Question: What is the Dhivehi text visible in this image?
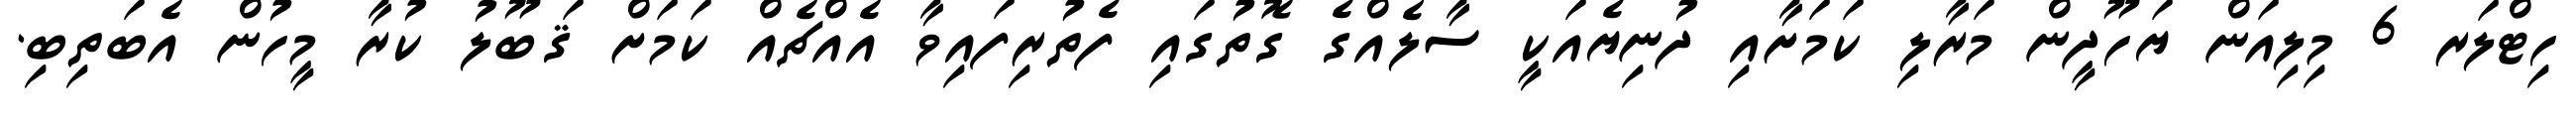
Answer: ހިޓްލަރ 6 މިލިއަން ޔަހޫދީން މަރާލި ކަމަށާއި ދުނިޔެއަކީ ސާލެއްގެ ގޮތުގައި ފެތުރިފައިވާ އެއްޗެއް ކަމަށް ޤަބޫލު ކުރާ މީހުން އެބަތިބި.